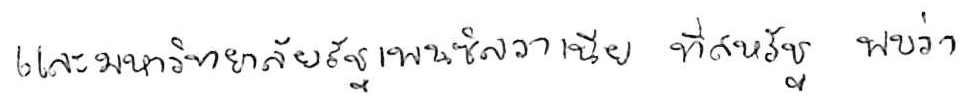
และมหาวิทยาลัยรัฐเพนซิลวาเนีย ที่สหรัฐ พบว่า